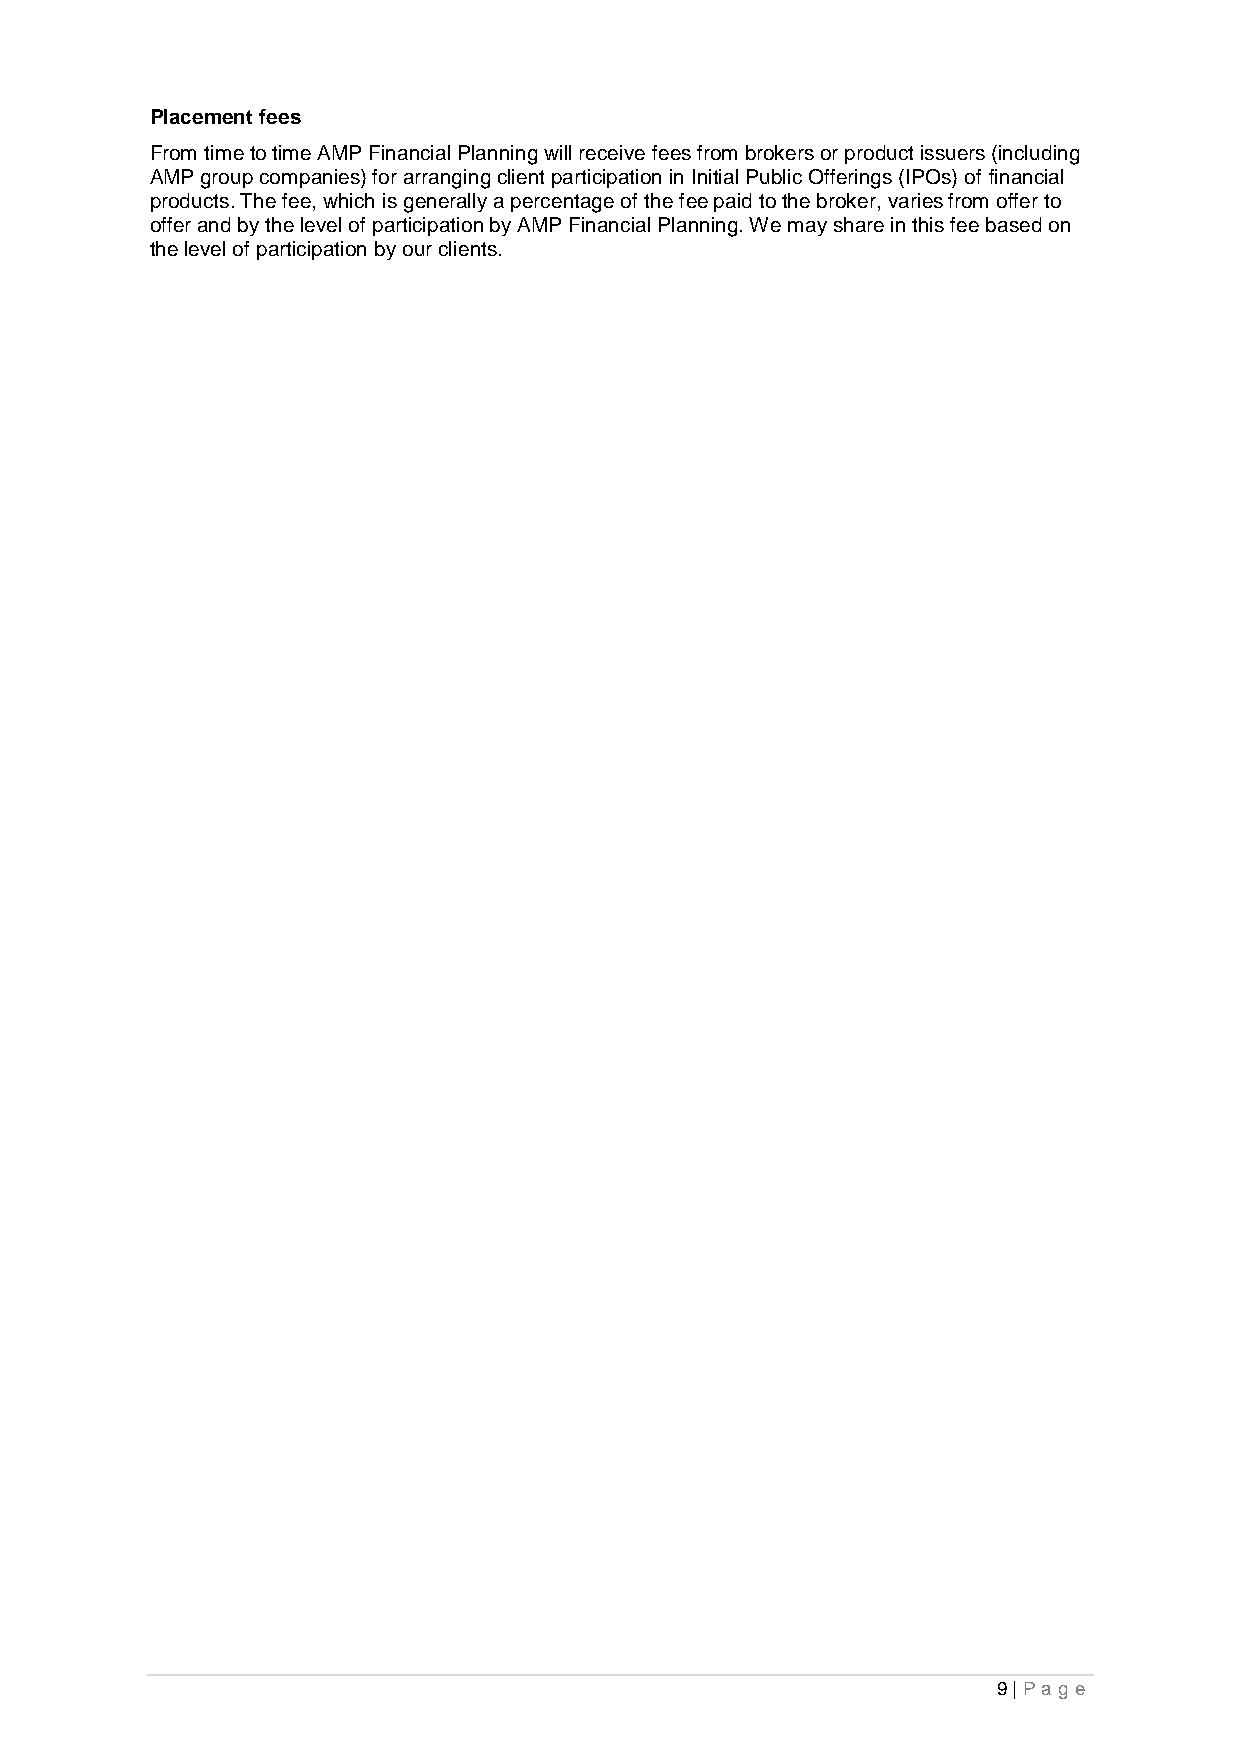
Placement fees
 From time to time AMP Financial Planning will receive fees from brokers or product issuers (including
 AMP group companies) for arranging client participation in Initial Public Offerings (IPOs) of financial
 products. The fee, which is generally a percentage of the fee paid to the broker, varies from offer to
 offer and by the level of participation by AMP Financial Planning. We may share in this fee based on
 the level of participation by our clients.
 9 | Pag e